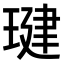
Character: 𤧣